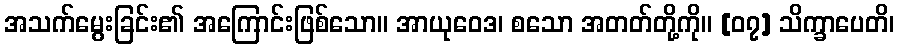
အသက်မွေးခြင်း၏ အကြောင်းဖြစ်သော။ အာယုဝေဒ၊ စသော အတတ်တို့ကို။ [၀၇] သိက္ခာပေတိ၊